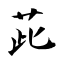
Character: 茈